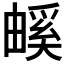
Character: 𤳃